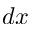
d x